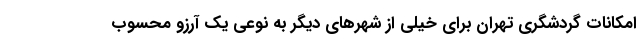
امکانات گردشگری تهران برای خیلی از شهرهای دیگر به نوعی یک آرزو محسوب